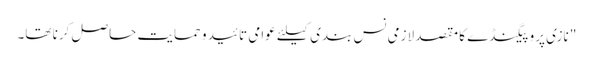
" نازی پروپیگنڈے کا مقصد لازمی نس بندی کیلئے عوامی تائید و حمایت حاصل کرنا تھا۔